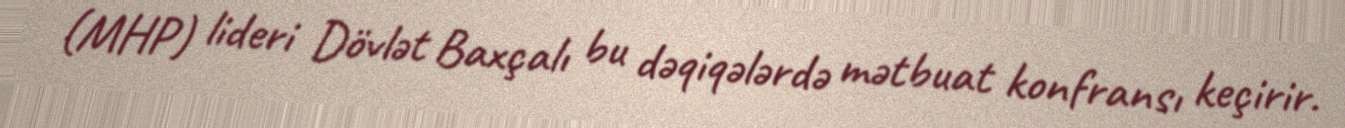
(MHP) lideri Dövlət Baxçalı bu dəqiqələrdə mətbuat konfransı keçirir.